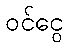
ဝင်ငွေ